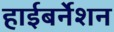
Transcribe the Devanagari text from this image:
हाईबर्नेशन